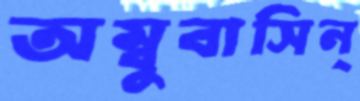
অম্বুবাসিন্